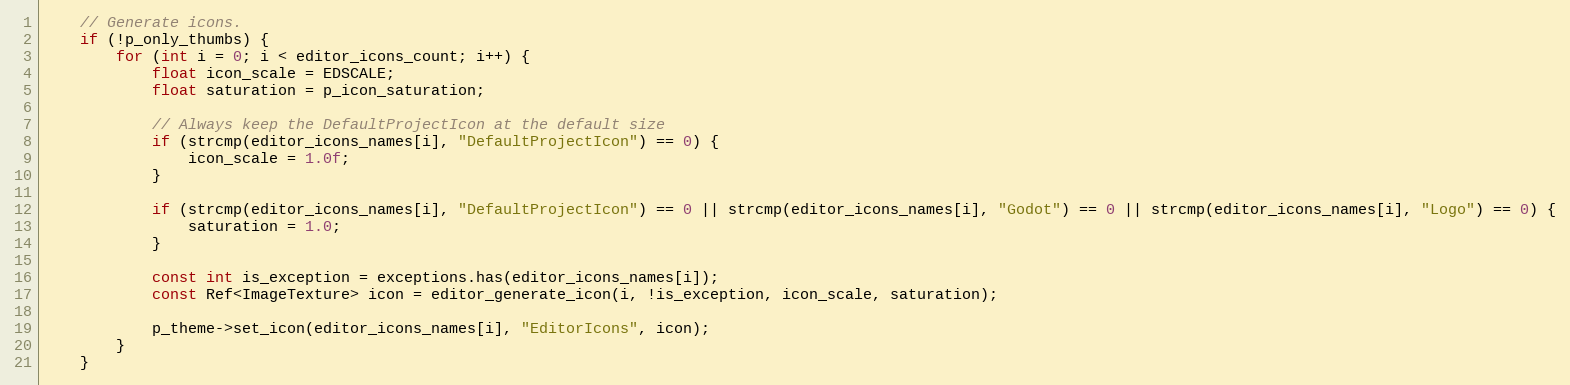
Language: C++
	// Generate icons.
	if (!p_only_thumbs) {
		for (int i = 0; i < editor_icons_count; i++) {
			float icon_scale = EDSCALE;
			float saturation = p_icon_saturation;

			// Always keep the DefaultProjectIcon at the default size
			if (strcmp(editor_icons_names[i], "DefaultProjectIcon") == 0) {
				icon_scale = 1.0f;
			}

			if (strcmp(editor_icons_names[i], "DefaultProjectIcon") == 0 || strcmp(editor_icons_names[i], "Godot") == 0 || strcmp(editor_icons_names[i], "Logo") == 0) {
				saturation = 1.0;
			}

			const int is_exception = exceptions.has(editor_icons_names[i]);
			const Ref<ImageTexture> icon = editor_generate_icon(i, !is_exception, icon_scale, saturation);

			p_theme->set_icon(editor_icons_names[i], "EditorIcons", icon);
		}
	}